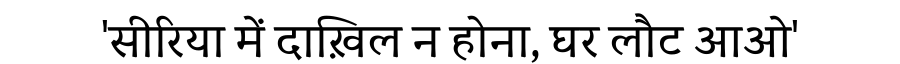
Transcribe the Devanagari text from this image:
'सीरिया में दाख़िल न होना, घर लौट आओ'